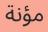
مؤنة